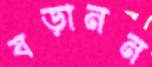
ষড়ানন